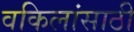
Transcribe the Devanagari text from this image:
वकिलांसाठी